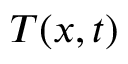
T ( x , t )